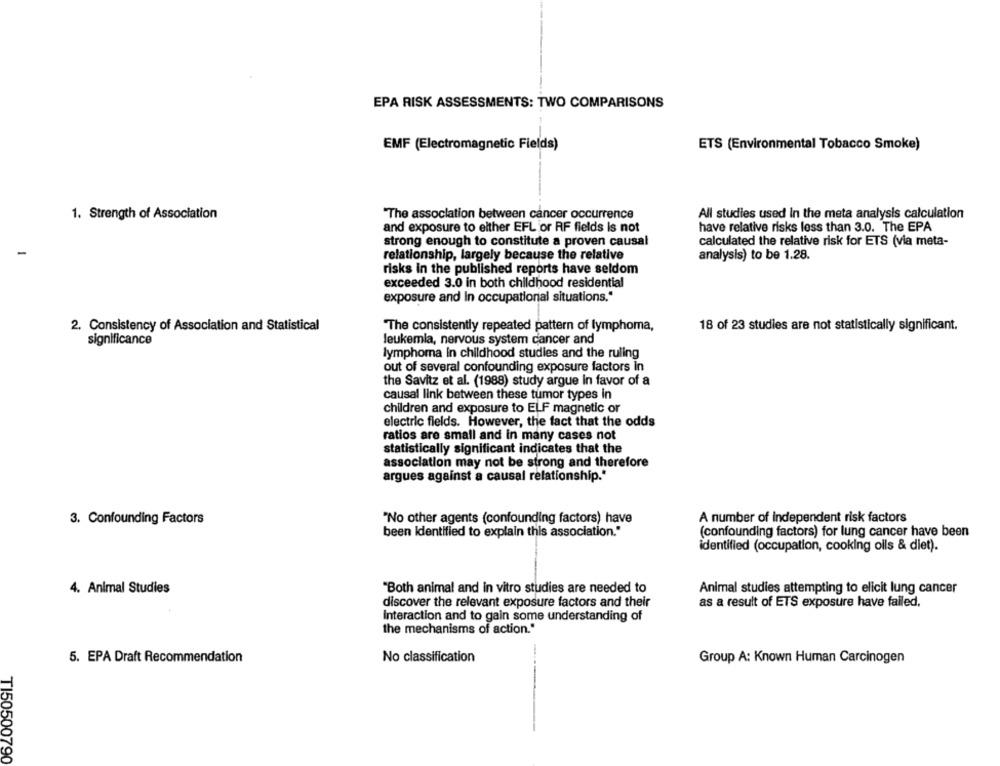
EPA RISK ASSESSMENTS: TWO COMPARISONS
EMF (Electromagnetic Fields)
ETS (Environmental Tobacco Smoke)
"The association between cancer occurrence
All studies used In the meta analysis calculation
1. Strength of Association
and exposure to either EFL or RF fields is not
have relative risks less than 3.0. The EPA
strong enough to constitute a proven causal
calculated the relative risk for ETS (via meta-
-
relationship, largely because the relative
analysis) to be 1.28.
risks in the published reports have seldom
exceeded 3.0 in both childhood residential
exposure and In occupational situations."
2. Consistency of Association and Statistical
"The consistently repeated pattern of lymphoma,
18 of 23 studies are not statistically significant.
significance
leukemia, nervous system cancer and
lymphoma in childhood studies and the ruling
out of several confounding exposure factors in
the Savitz et al. (1988) study argue In favor of a
causal link between these tumor types in
children and exposure to ELF magnetic or
electric fields. However, the fact that the odds
ratios are small and in many cases not
statistically significant indicates that the
association may not be strong and therefore
argues against a causal relationship."
3. Confounding Factors
"No other agents (confounding factors) have
A number of independent risk factors
been Identified to explain this association."
(confounding factors) for lung cancer have been
identified (occupation, cooking oils & diet).
4. Animal Studies
"Both animal and in vitro studies are needed to
Animal studies attempting to elicit lung cancer
discover the relevant exposure factors and their
as a result of ETS exposure have failed.
Interaction and to gain some understanding of
the mechanisms of action."
5. EPA Draft Recommendation
No classification
Group A: Known Human Carcinogen
TI50500790